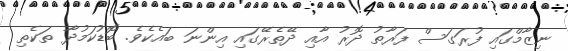
ނިޒާމްގައި ފުރަގަސް ފަރާތު ދޮރު އާއި ދޭތެރޭގައި އިންނަ ބައެކެވެ. ބޮޑުކަމުދާ ތަކެތި